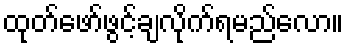
ထုတ်ဖော်ဖွင့်ချလိုက်ရမည်လော။